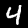
Label: 4